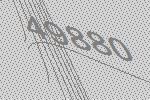
49880